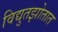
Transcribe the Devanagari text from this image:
विद्युतझोतात